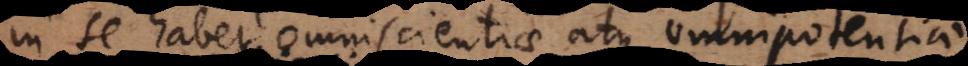
in se habet omniscientiae atque omnipotentiae